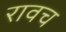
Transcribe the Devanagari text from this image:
रावच